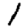
Digit: 1